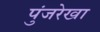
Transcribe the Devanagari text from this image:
पुंजरेखा